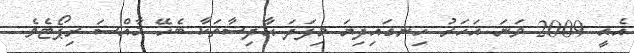
އެއީ 2009 ވަނަ އަހަރު ހިނގައިދިޔަ މިފަދަ ޙާދިސާތަކާ ބެހޭ ޚާއްސަ ރިޕޯޓެވެ.